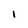
Character: 1